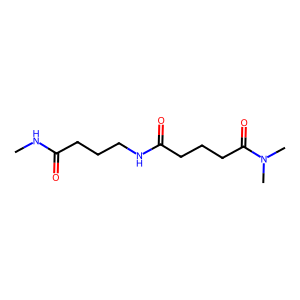
SMILES: CNC(=O)CCCNC(=O)CCCC(=O)N(C)C
Inhibits HIV replication: No